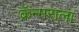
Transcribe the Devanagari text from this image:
क्रॅन्मराला